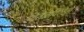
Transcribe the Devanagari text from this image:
वितळविलेले